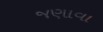
જણાવા